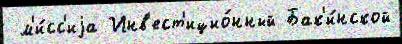
 м'и́сс'иjа Инв'ест'ицио́нный Бак'и́нской